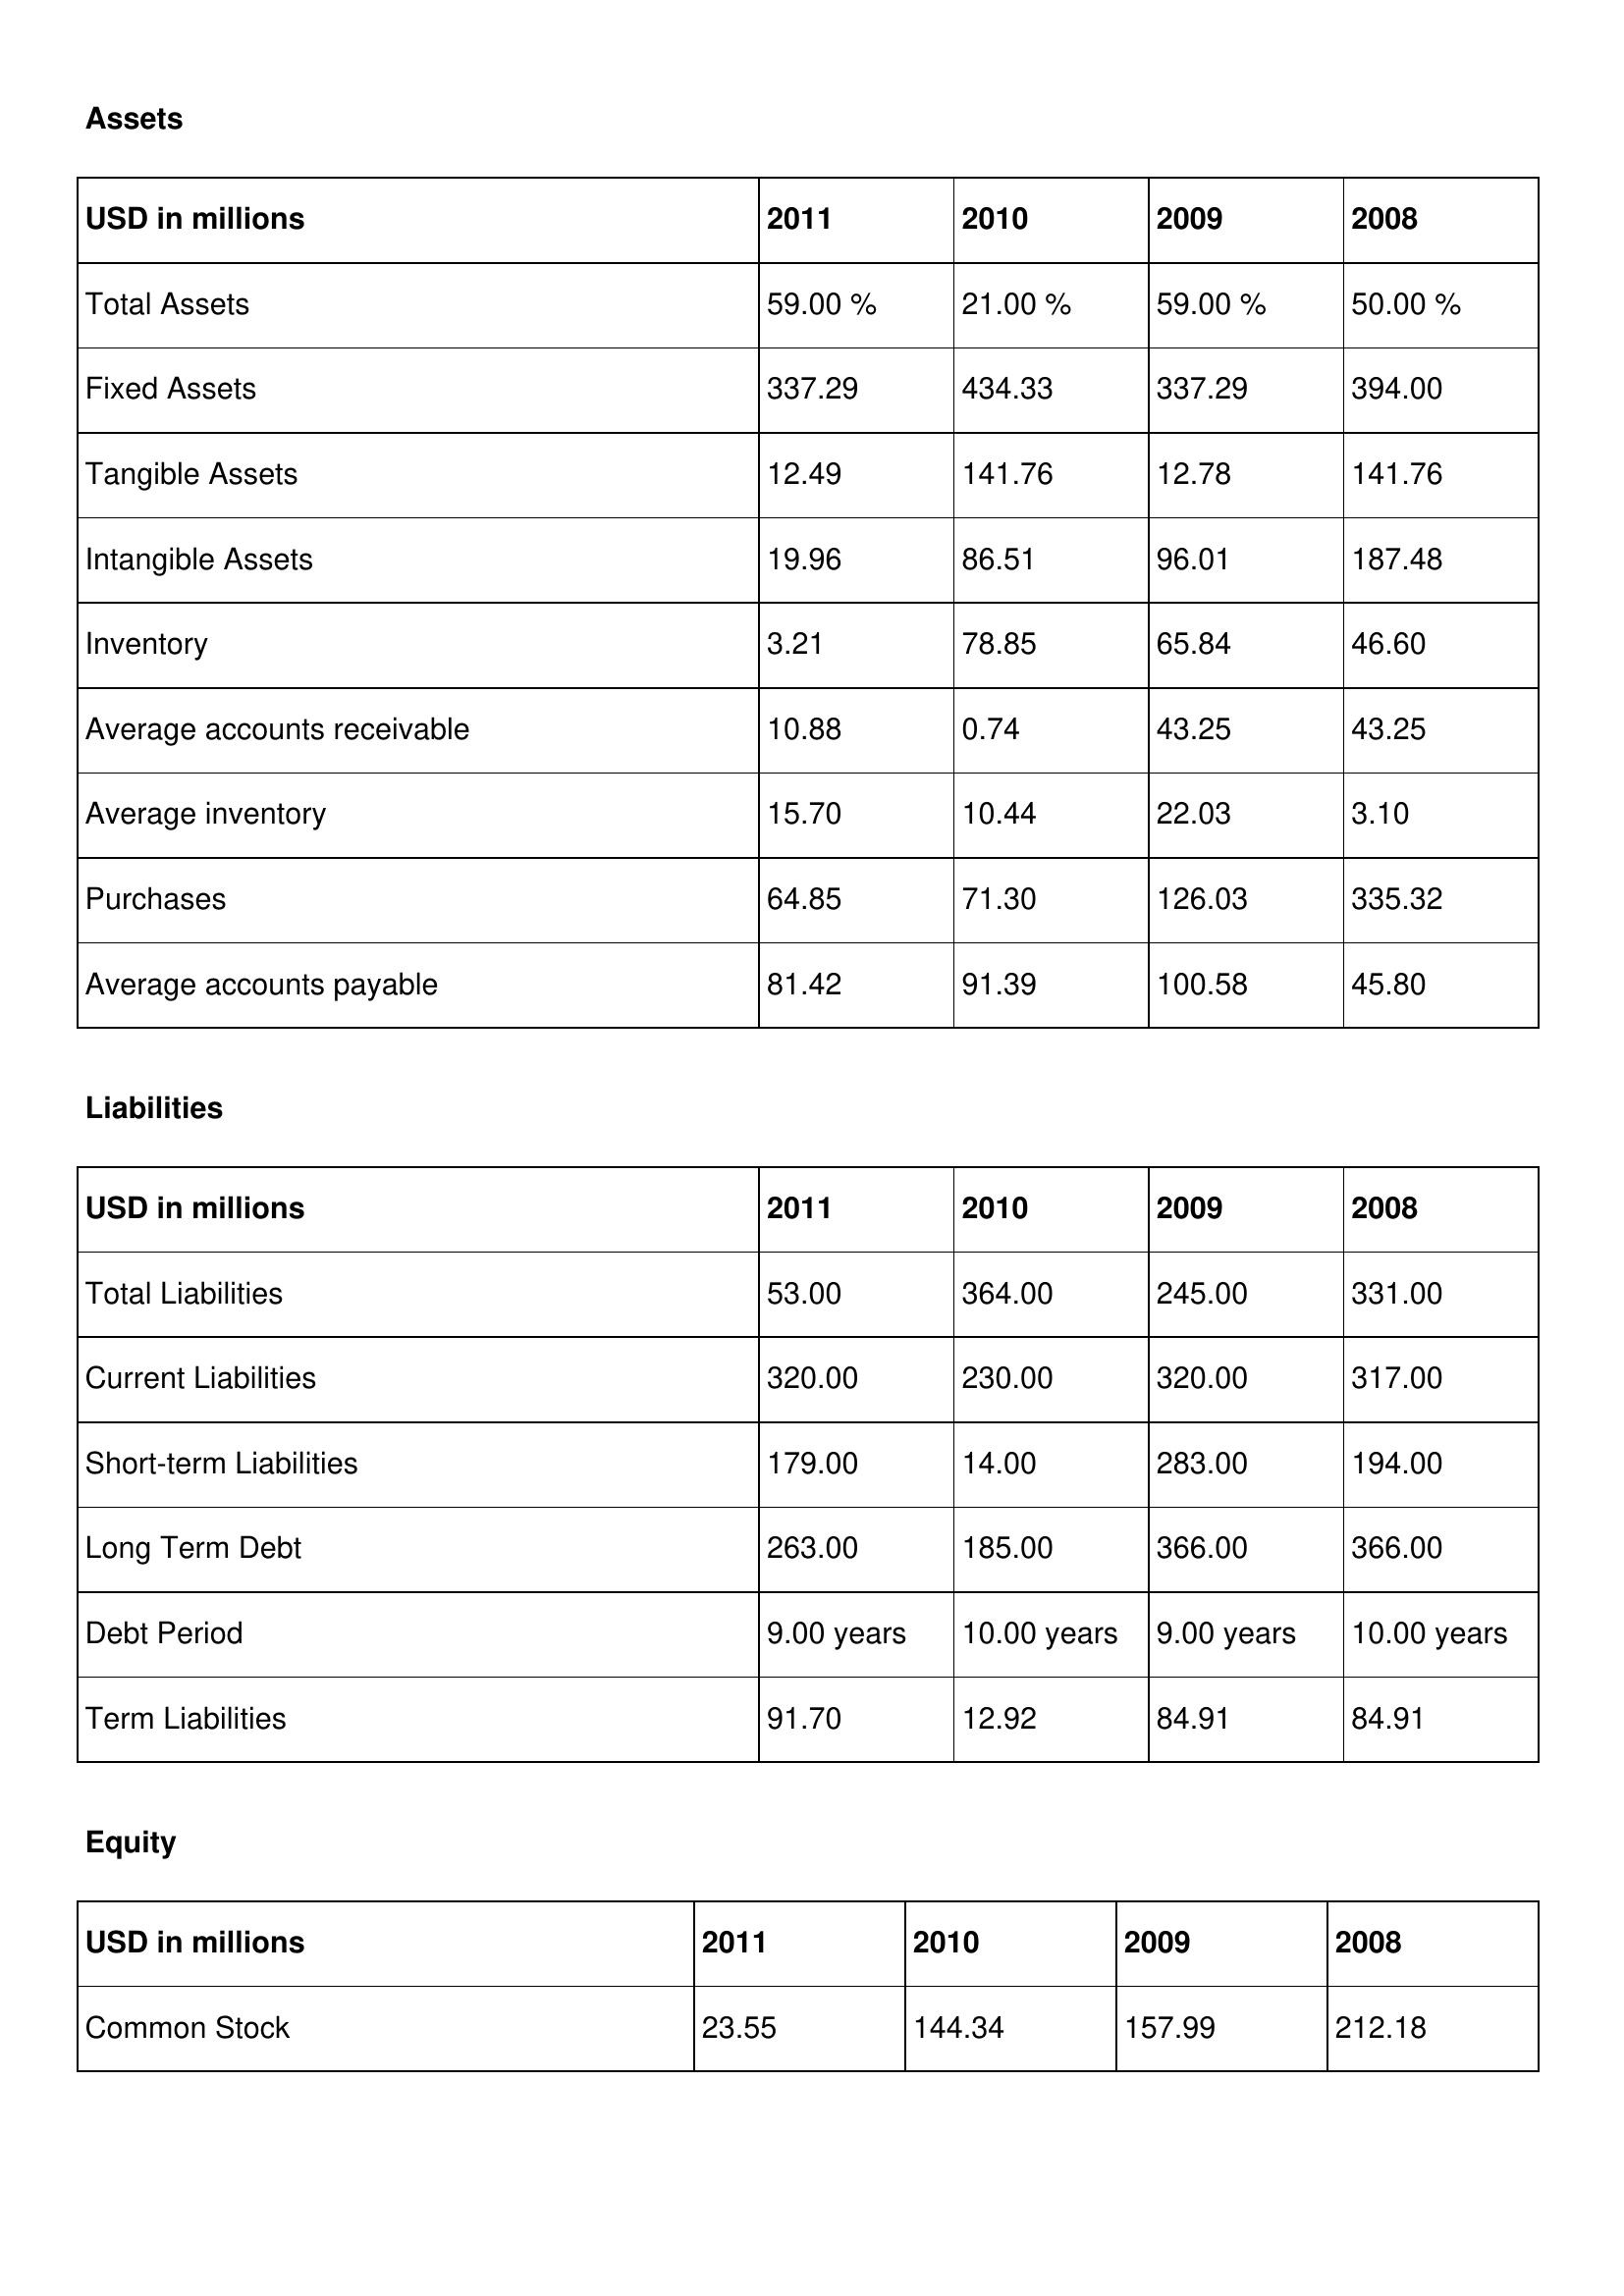
gt_parse: 2011: Assets: Total Assets: 59.00 %
Fixed Assets: 337.29
Tangible Assets: 12.49
Intangible Assets: 19.96
Inventory: 3.21
Average accounts receivable: 10.88
Average inventory: 15.70
Purchases: 64.85
Average accounts payable: 81.42
Liabilities: Total Liabilities: 53.00
Current Liabilities: 320.00
Short-term Liabilities: 179.00
Long Term Debt: 263.00
Debt Period: 9.00 years
Term Liabilities: 91.70
Equity: Common Stock: 23.55
2010: Assets: Total Assets: 21.00 %
Fixed Assets: 434.33
Tangible Assets: 141.76
Intangible Assets: 86.51
Inventory: 78.85
Average accounts receivable: 0.74
Average inventory: 10.44
Purchases: 71.30
Average accounts payable: 91.39
Liabilities: Total Liabilities: 364.00
Current Liabilities: 230.00
Short-term Liabilities: 14.00
Long Term Debt: 185.00
Debt Period: 10.00 years
Term Liabilities: 12.92
Equity: Common Stock: 144.34
2009: Assets: Total Assets: 59.00 %
Fixed Assets: 337.29
Tangible Assets: 12.78
Intangible Assets: 96.01
Inventory: 65.84
Average accounts receivable: 43.25
Average inventory: 22.03
Purchases: 126.03
Average accounts payable: 100.58
Liabilities: Total Liabilities: 245.00
Current Liabilities: 320.00
Short-term Liabilities: 283.00
Long Term Debt: 366.00
Debt Period: 9.00 years
Term Liabilities: 84.91
Equity: Common Stock: 157.99
2008: Assets: Total Assets: 50.00 %
Fixed Assets: 394.00
Tangible Assets: 141.76
Intangible Assets: 187.48
Inventory: 46.60
Average accounts receivable: 43.25
Average inventory: 3.10
Purchases: 335.32
Average accounts payable: 45.80
Liabilities: Total Liabilities: 331.00
Current Liabilities: 317.00
Short-term Liabilities: 194.00
Long Term Debt: 366.00
Debt Period: 10.00 years
Term Liabilities: 84.91
Equity: Common Stock: 212.18